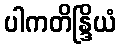
ပါကတိန္ဒြိယံ